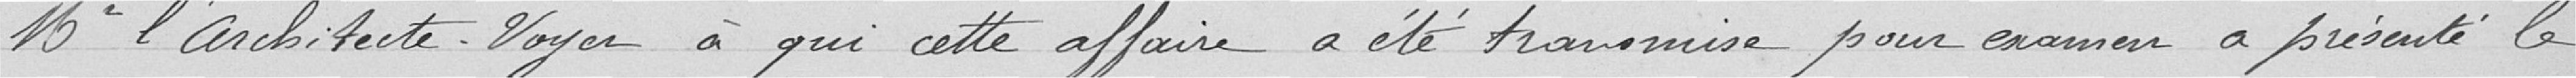
Monsieur l'architecte Voyez à qui cette affaire a été transmise pour examen a présenté le